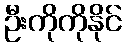
ဦးကိုကိုနိုင်